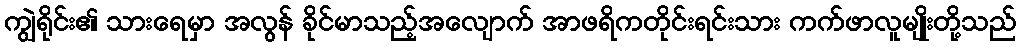
ကျွဲရိုင်း၏ သားရေမှာ အလွန် ခိုင်မာသည့်အလျောက် အာဖရိကတိုင်းရင်းသား ကက်ဖာလူမျိုးတို့သည်